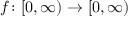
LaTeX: f \colon [ 0 , \infty ) \rightarrow [ 0 , \infty )